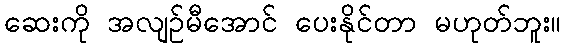
ဆေးကို အလျဉ်မီအောင် ပေးနိုင်တာ မဟုတ်ဘူး။